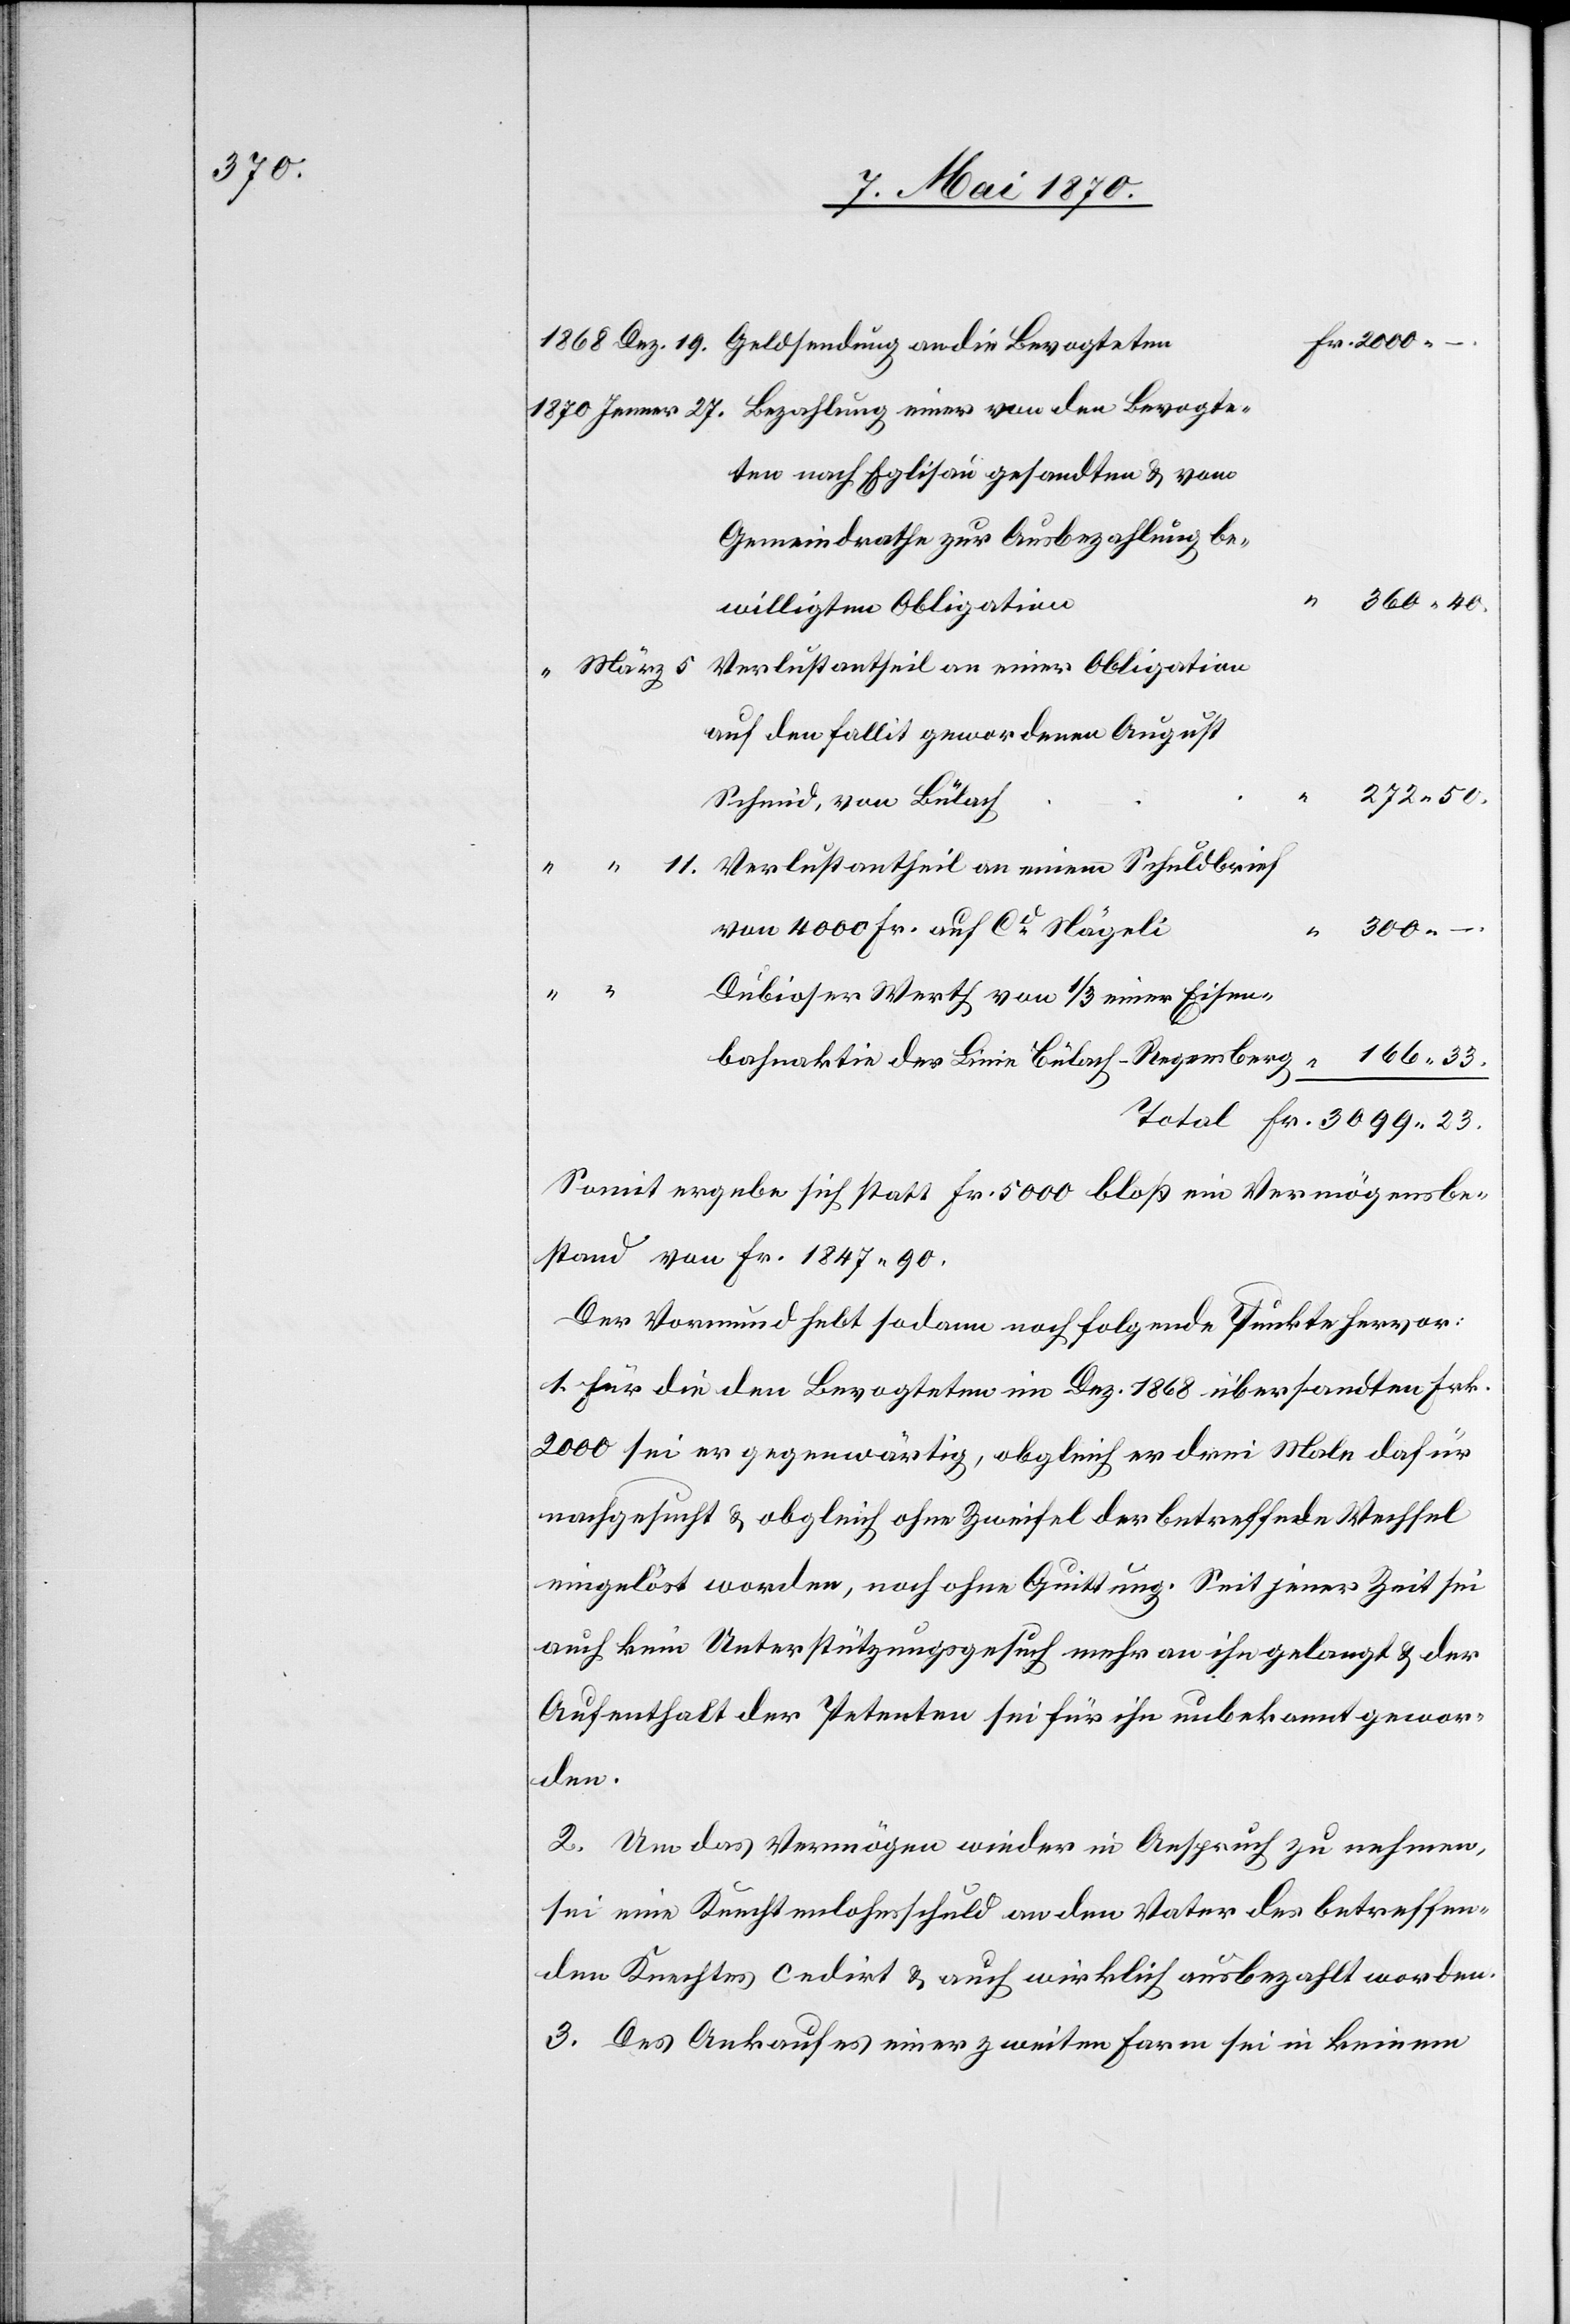
272.50.

Dez. 19. Geldsendung an die Bevogteten
Jenner 27. Bezahlung einer von den Bevogte¬
ten nach Eglisau gesandten & vom
Gemeindrathe zur Ausbezahlung be¬
willigten Obligation
Verlustantheil an einer Obligation
Schmid, von Bülach
11. Verlustantheil an einem Schuldbrief
Dubioser Werth von 1/3 einer Eisen¬
3099.23
166.33.
bahnaktie der Linie Bülach–Regensberg.
Somit ergebe sich statt Fr. 5000 bloß ein Vermögensbe¬
stand von Fr. 1847.90.
Der Vormund hebt sodann noch folgende Punkte hervor:
1. Für die den Bevogteten im Dez. 1868 übersandten Frk.
2000 sei er gegenwärtig, obgleich er drei Male dafür
nachgesucht & obgleich ohne Zweifel der betreffende Wechsel
eingelöst worden, noch ohne Quittung. Seit jener Zeit sei
auch kein Unterstützungsgesuch mehr an ihn gelangt & der
Aufenthalt der Petenten sei für ihn unbekannt gewor¬
den.
2. Um das Vermögen wieder in Anspruch zu nehmen,
sei eine Knechtenlohnsschuld an den Vater des betreffen¬
den Knechtes cedirt & auch wirklich ausbezahlt worden.
3. Des Ankaufes einer zweiten Farm sei in keinem